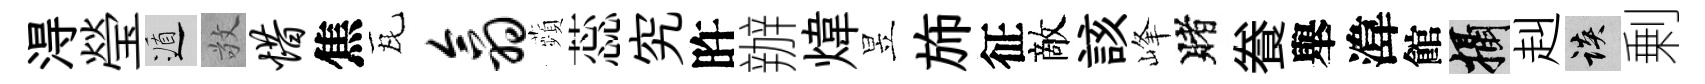
淂瑩遁敬惜焦瓦翕蘋蕊究旿辦煒昱斾征敵該峰賭飬舉湋館攝赳談剰